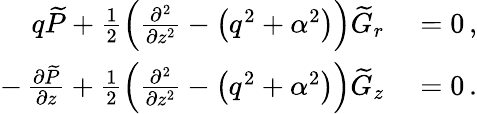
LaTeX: \begin{array}{rl}{q\widetilde{P}+\frac{1}{2}\left(\frac{\partial^{2}}{\partial z^{2}}-\left(q^{2}+\alpha^{2}\right)\right)\widetilde{G}_{r}}&{{}=0\, ,}\\ {-\, \frac{\partial\widetilde{P}}{\partial z}+\frac{1}{2}\left(\frac{\partial^{2}}{\partial z^{2}}-\left(q^{2}+\alpha^{2}\right)\right)\widetilde{G}_{z}}&{{}=0\, .}\end{array}